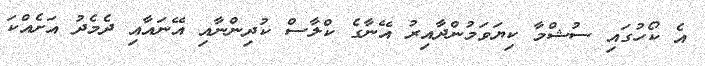
އެ ކޯހުގައި ސުޝްމާ ކިޔަވަމުންދާއިރު އޭނާގެ ކްލާސް ކުދިންނާއި އޭނައާއި ދެމެދު އަށެއްކަ